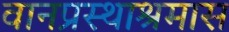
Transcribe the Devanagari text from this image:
वानप्रस्थाश्रमास